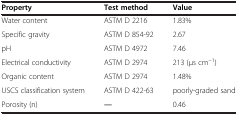
<table><thead><tr><td><b>Property</b></td><td><b>Test method</b></td><td><b>Value</b></td></tr></thead><tbody><tr><td>Water content</td><td>ASTM D 2216</td><td>1.83%</td></tr><tr><td>Specific gravity</td><td>ASTM D 854-92</td><td>2.67</td></tr><tr><td>pH</td><td>ASTM D 4972</td><td>7.46</td></tr><tr><td>Electrical conductivity</td><td>ASTM D 2974</td><td>213 (μs cm<sup>−1</sup>)</td></tr><tr><td>Organic content</td><td>ASTM D 2974</td><td>1.48%</td></tr><tr><td>USCS classification system</td><td>ASTM D 422-63</td><td>poorly-graded sand</td></tr><tr><td>Porosity (n)</td><td>―</td><td>0.46</td></tr></tbody></table>